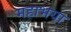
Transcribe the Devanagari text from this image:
महाभया